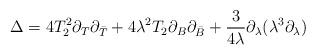
LaTeX: \begin{align*}\Delta=4T_2^2 \partial_T\partial_{\bar T}+4 \lambda^2 T_2 \partial_B \partial_{\bar B}+\frac{3}{4\lambda}\partial_{\lambda}(\lambda^3\partial_{\lambda})\end{align*}